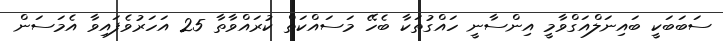
ސަބަބަކީ ބައިނަލްއަގްވާމީ އިންސާނީ ހައްގުތަކާ ބެހޭ މަސައްކަތް ކުރައްވާތާ 25 އަހަރުވެފައިވާ އެމަސަން